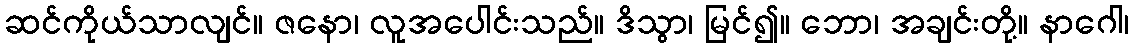
ဆင်ကိုယ်သာလျင်။ ဇနော၊ လူအပေါင်းသည်။ ဒိသွာ၊ မြင်၍။ ဘော၊ အချင်းတို့။ နာဂေါ၊